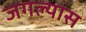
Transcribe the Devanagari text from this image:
जगल्यास